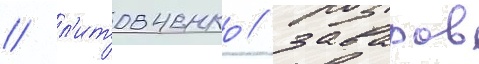
/ л'итовченко / заваров